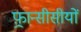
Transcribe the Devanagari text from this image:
फ़्रान्सीसीयों